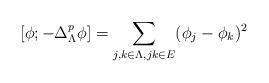
LaTeX: \begin{align*}[\phi; -\Delta^p_\Lambda\phi] = \sum\limits_{j, k \in \Lambda, jk\in E}(\phi_j-\phi_k)^2\end{align*}